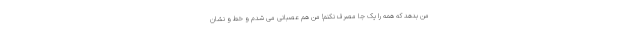
من بدهد که همه را یک جا مصرف نکنم! من هم عصبانی می شدم و خط و نشان